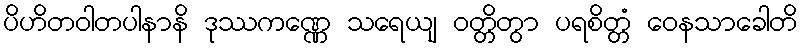
ပိဟိတဝါတပါနာနိ ဒုဿကဏ္ဏေ သရေယျ ဝတ္တိတွာ ပရစိတ္တံ ဝေနသာခေါတိ